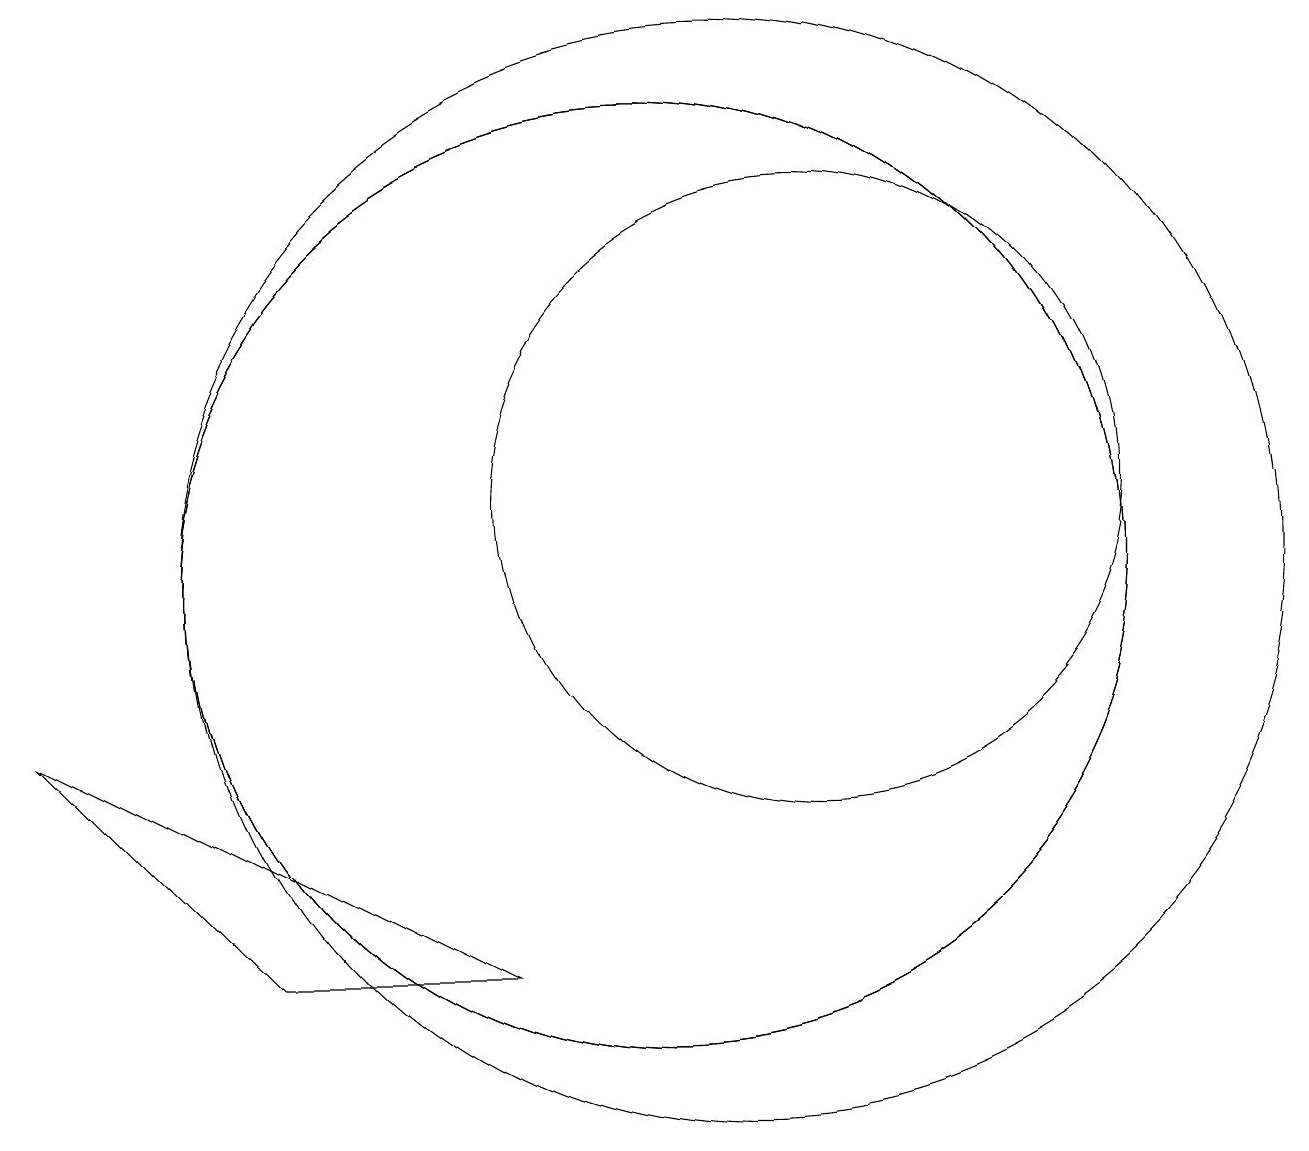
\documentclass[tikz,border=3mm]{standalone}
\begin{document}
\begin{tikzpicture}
\draw (11,10) circle (7);
\draw (10,10) circle (6);
\draw (10,10) circle (6);
\draw (2,8) -- (8,5) -- (5,5) -- cycle;
\draw (12,11) circle (4);
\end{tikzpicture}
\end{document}